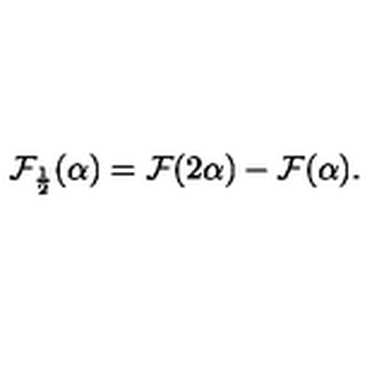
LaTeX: { \cal F } _ { \frac { 1 } { 2 } } ( \alpha ) = { \cal F } ( 2 \alpha ) - { \cal F } ( \alpha ) .